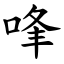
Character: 㖓